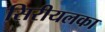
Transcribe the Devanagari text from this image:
सिरीयलका